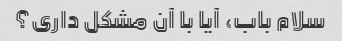
سلام باب، آیا با آن مشکل داری؟